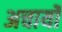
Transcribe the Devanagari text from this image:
अचार्यो